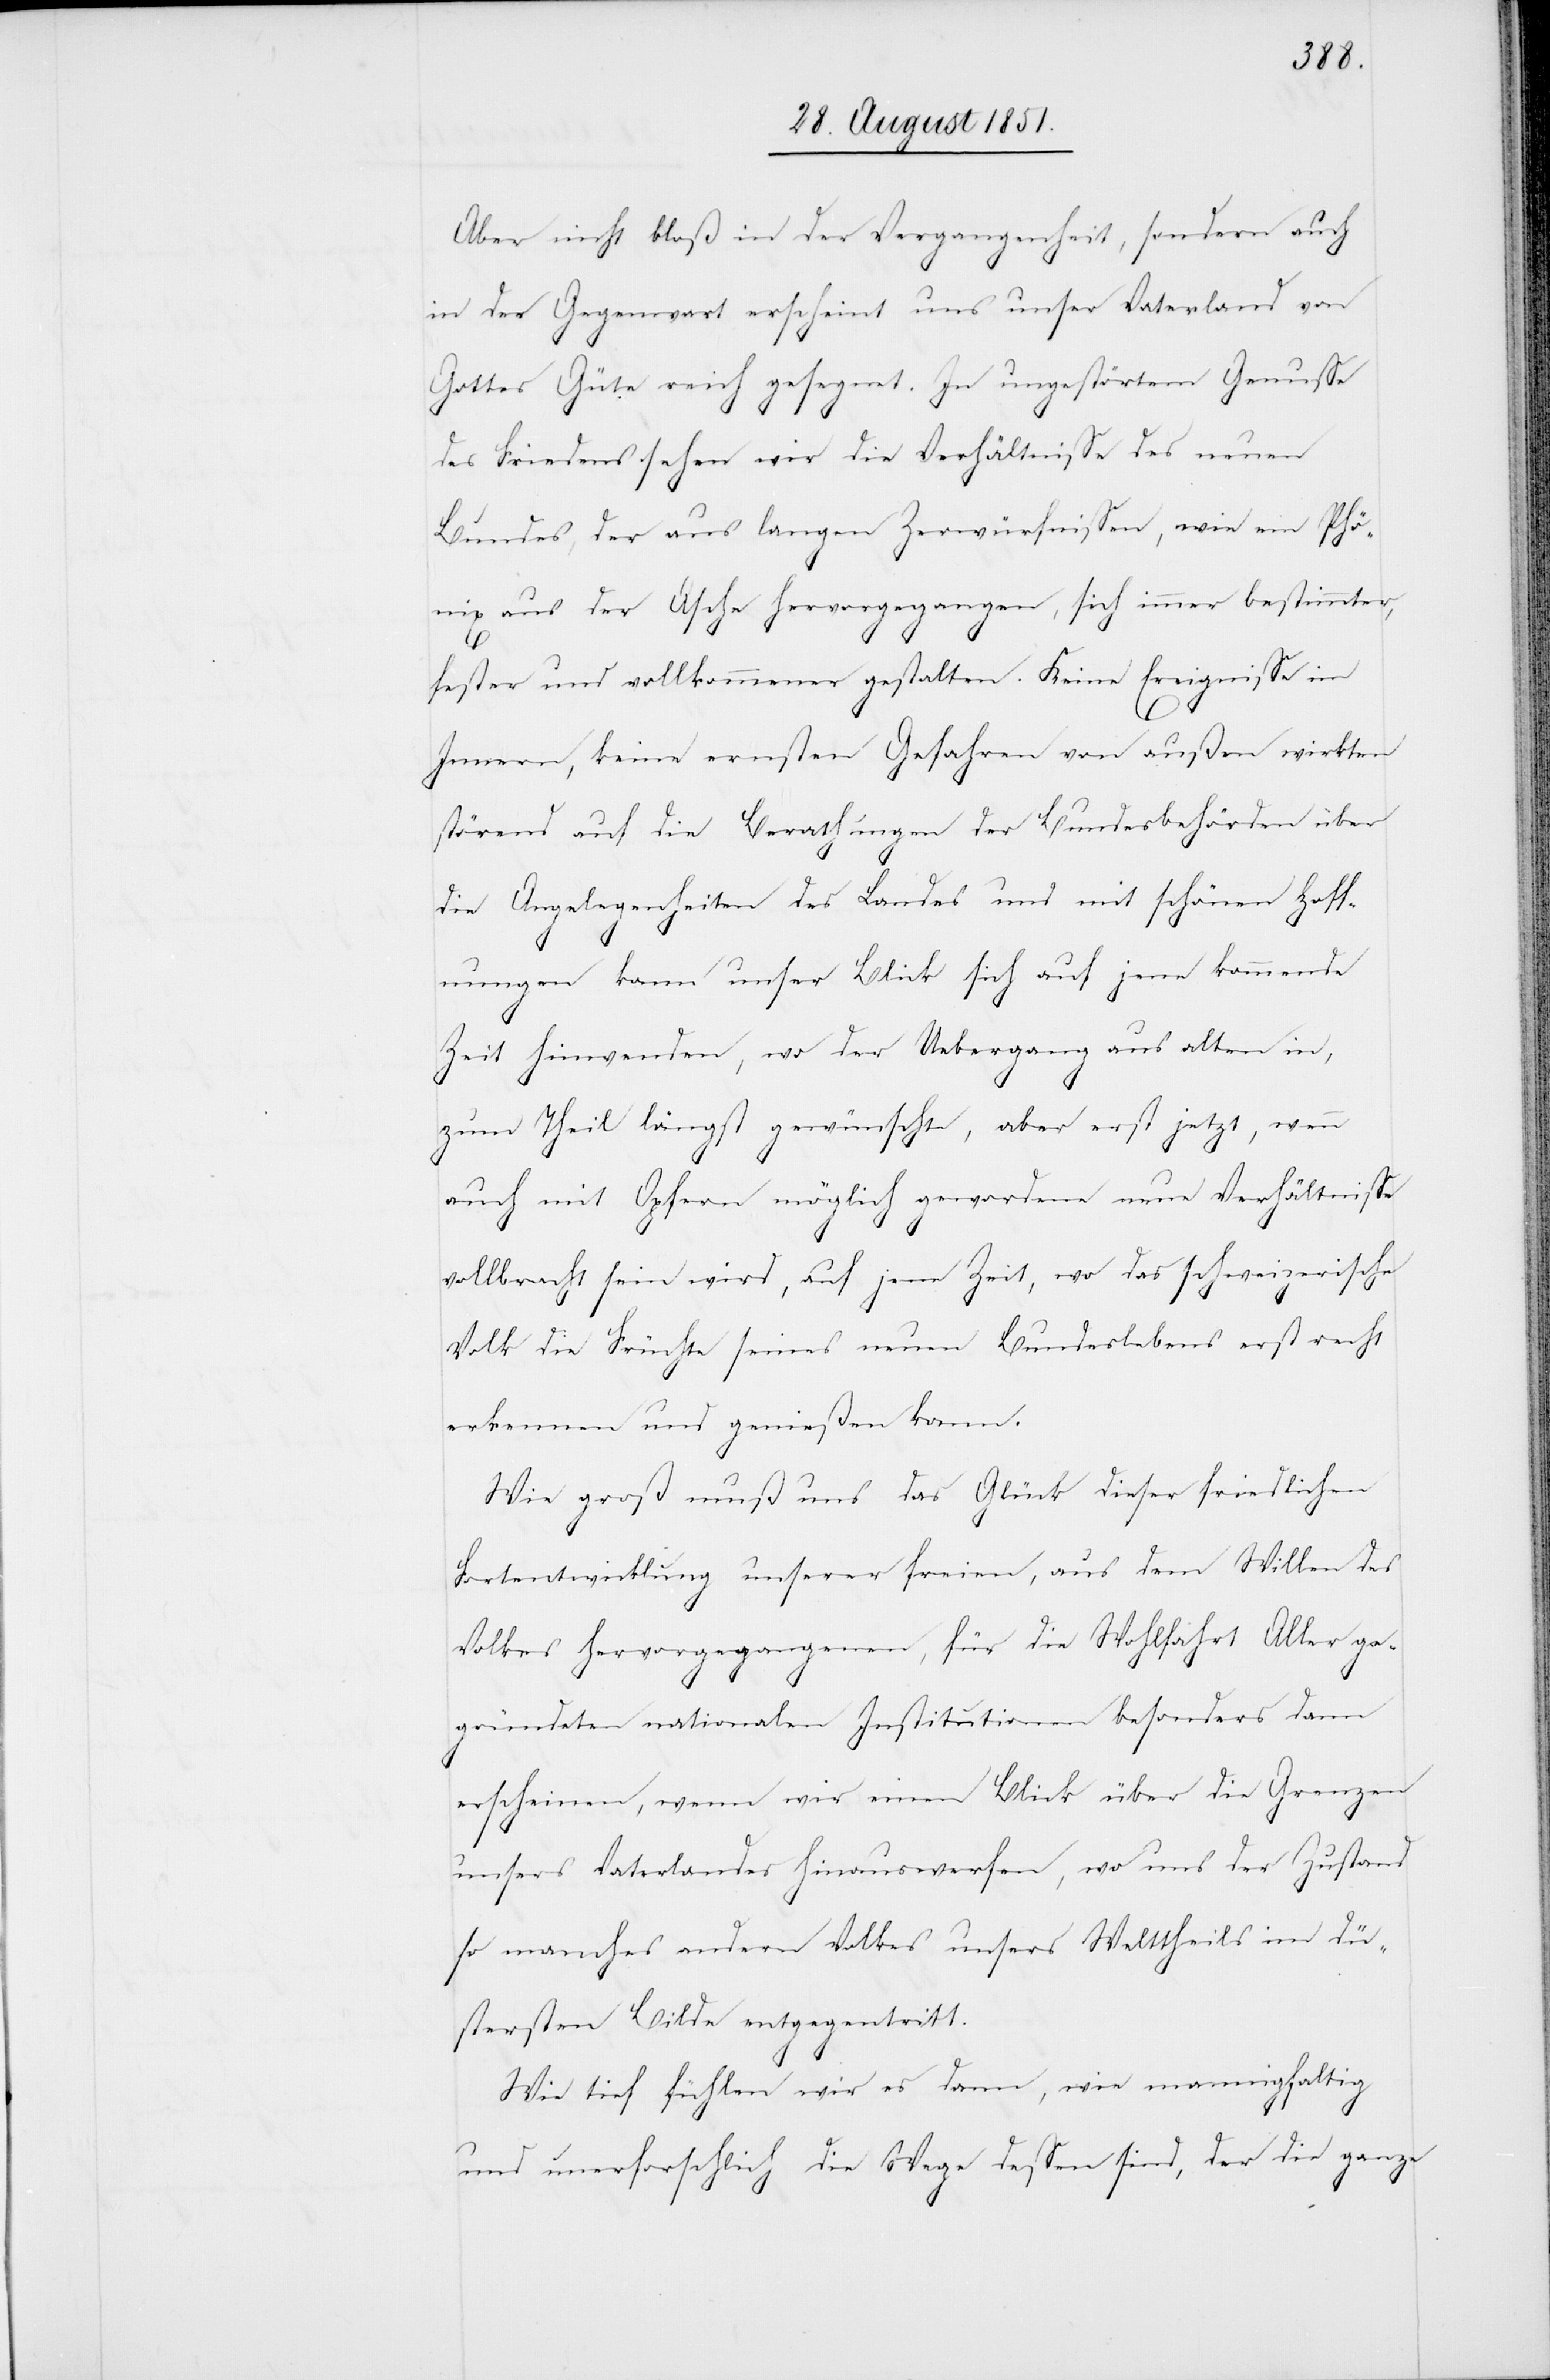
Aber nicht bloß in der Vergangenheit, sondern auch
in der Gegenwart erscheint uns unser Vaterland von
Gottes Güte reich gesegnet. In ungestörtem Genusse
des Friedens sehen wir die Verhältnisse des neuen
Bundes, der aus langen Zerwürfnissen, wie ein Phö¬
nix aus der Asche hervorgegangen, sich immer bestimmter,
fester und vollkommener gestalten. Keine Ereignisse im
Innern, keine ernsten Gefahren von außen wirkten
störend auf die Berathungen der Bundesbehörden über
die Angelegenheiten des Landes und mit schönen Hoff¬
nungen kann unser Blick sich auf jene kommende
Zeit hinwenden, wo der Uebergang aus alten in,
zum Theil längst gewünschte, aber erst jetzt, wenn
auch mit Opfern möglich gewordene neue Verhältnisse
vollbracht sein wird, auf jene Zeit, wo das schweizerische
Volk die Früchte seines neuen Bundeslebens erst recht
erkennen und genießen kann.
Wie groß muß uns das Glück dieser friedlichen
Fortentwicklung unserer freien, aus dem Willen des
Volkes hervorgegangenen, für die Wohlfahrt Aller ge¬
gründeten nationalen Institutionen besonders dann
erscheinen, wenn wir einen Blick über die Grenzen
unsers Vaterlandes hinauswerfen, wo uns der Zustand
so manches andern Volkes unsers Welttheils im dü¬
stersten Bilde entgegentritt.
Wie tief fühlen wir es dann, wie mannigfaltig
und unerforschlich die Wege dessen sind, der die ganze